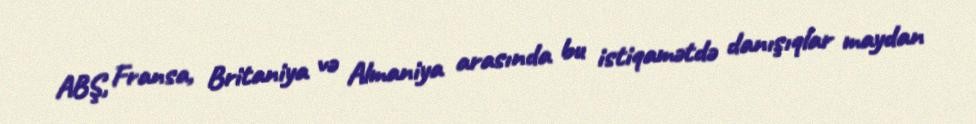
ABŞ, Fransa, Britaniya və Almaniya arasında bu istiqamətdə danışıqlar maydan